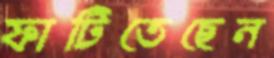
ফাটিতেছেন